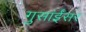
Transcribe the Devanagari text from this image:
गुसांईंसर